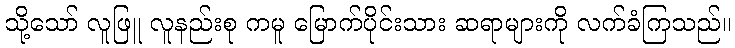
သို့သော် လူဖြူ လူနည်းစု ကမူ မြောက်ပိုင်းသား ဆရာများကို လက်ခံကြသည်။